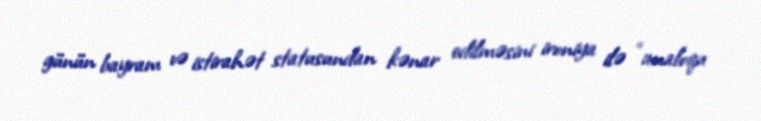
günün bayram və istirahət statusundan kənar edilməsini ironiya ilə “analoqu